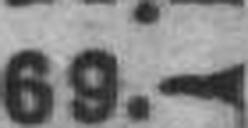
69.—